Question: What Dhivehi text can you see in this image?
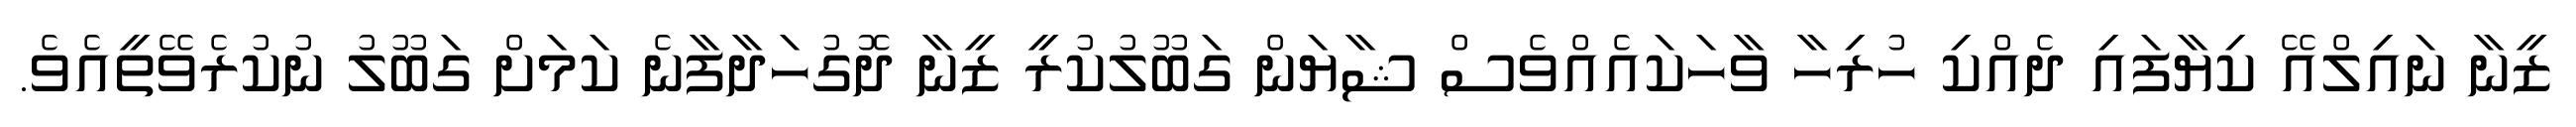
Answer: ޒީނާ ނައިލްއޭ ކިޔާފައި ދެއްކި ހުރިހާ ވާހަކައެއްވެސް ޝާޔަން ގަބޫލުކުރީ ޒީނާ ދޮގުހަދާފާނެ ކަމަށް ގަބޫލު ނުކުރެވޭތީއެވެ.